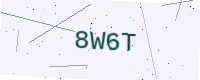
Text: 8W6T